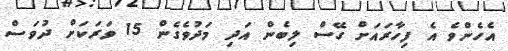
އެހެންވެ އެ ފިހާރައަށް ގޭސް ލިބެން އަދި މަދުވެގެން 15 ވަރަކަށް ދުވަސް